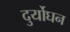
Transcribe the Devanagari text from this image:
दुर्योघन